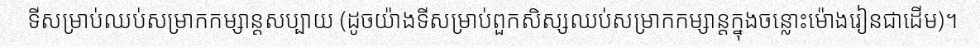
ទីសម្រាប់ឈប់សម្រាកកម្សាន្តសប្បាយ (ដូចយ៉ាងទីសម្រាប់ពួកសិស្សឈប់សម្រាកកម្សាន្តក្នុងចន្លោះម៉ោងរៀនជាដើម)។